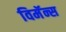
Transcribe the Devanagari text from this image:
विमॅन्स